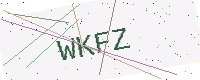
Text: WKFZ